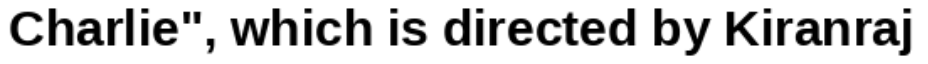
Charlie", which is directed by Kiranraj